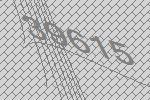
39615